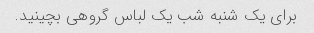
برای یک شنبه شب یک لباس گروهی بچینید.